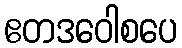
ဧတဒဝေါစပေ